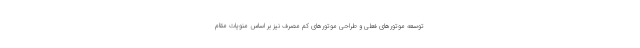
توسعه موتورهای فعلی و طراحی موتورهای کم مصرف نیز بر اساس منویات مقام